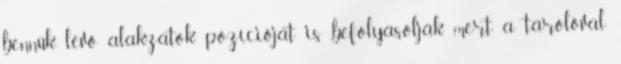
bennük lévő alakzatok pozícióját is befolyásolják, mert a tárolóval